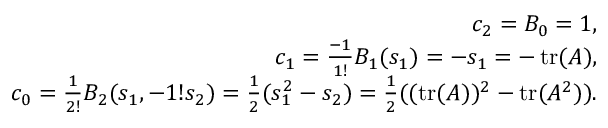
{ \begin{array} { r } { c _ { 2 } = B _ { 0 } = 1 , } \\ { c _ { 1 } = { \frac { - 1 } { 1 ! } } B _ { 1 } ( s _ { 1 } ) = - s _ { 1 } = - \operatorname { t r } ( A ) , } \\ { c _ { 0 } = { \frac { 1 } { 2 ! } } B _ { 2 } ( s _ { 1 } , - 1 ! s _ { 2 } ) = { \frac { 1 } { 2 } } ( s _ { 1 } ^ { 2 } - s _ { 2 } ) = { \frac { 1 } { 2 } } ( ( \operatorname { t r } ( A ) ) ^ { 2 } - \operatorname { t r } ( A ^ { 2 } ) ) . } \end{array} }